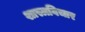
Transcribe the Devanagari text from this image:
शास्त्रविचार